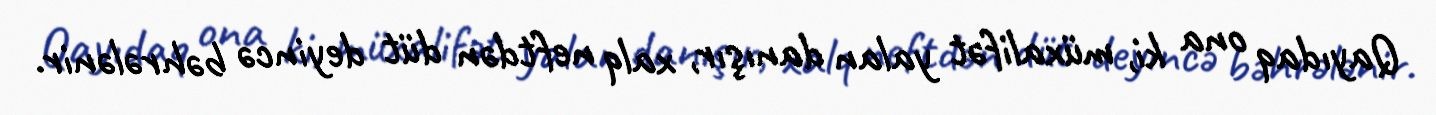
Qayıdaq ona ki, müxalifət yalan danışır, xalq neftdən düt deyincə bəhrələnir.